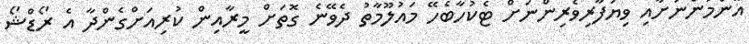
އާންމުންނަށާއި ވިޔަފާރިވެރިންނަށް ޓެކުހާބެހޭ މައުލޫމާތު ދެވޭނެ ގޮތަށް މީރާއިން ކުރިއަށްގެންދާ އެ ރޯޑްޝޯ